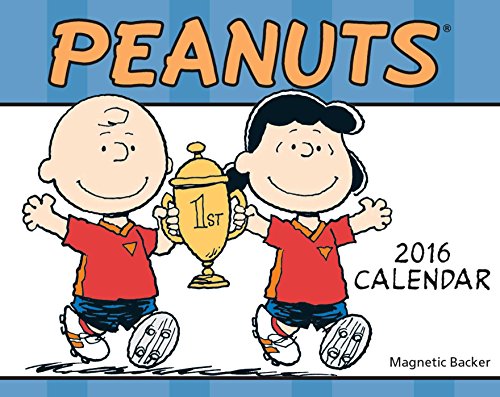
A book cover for Peanuts 2016 Mini Day-to-Day Calendar; Peanuts Worldwide LLC; Calendars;